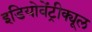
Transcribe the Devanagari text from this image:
इडियोवेंट्रीक्यूल